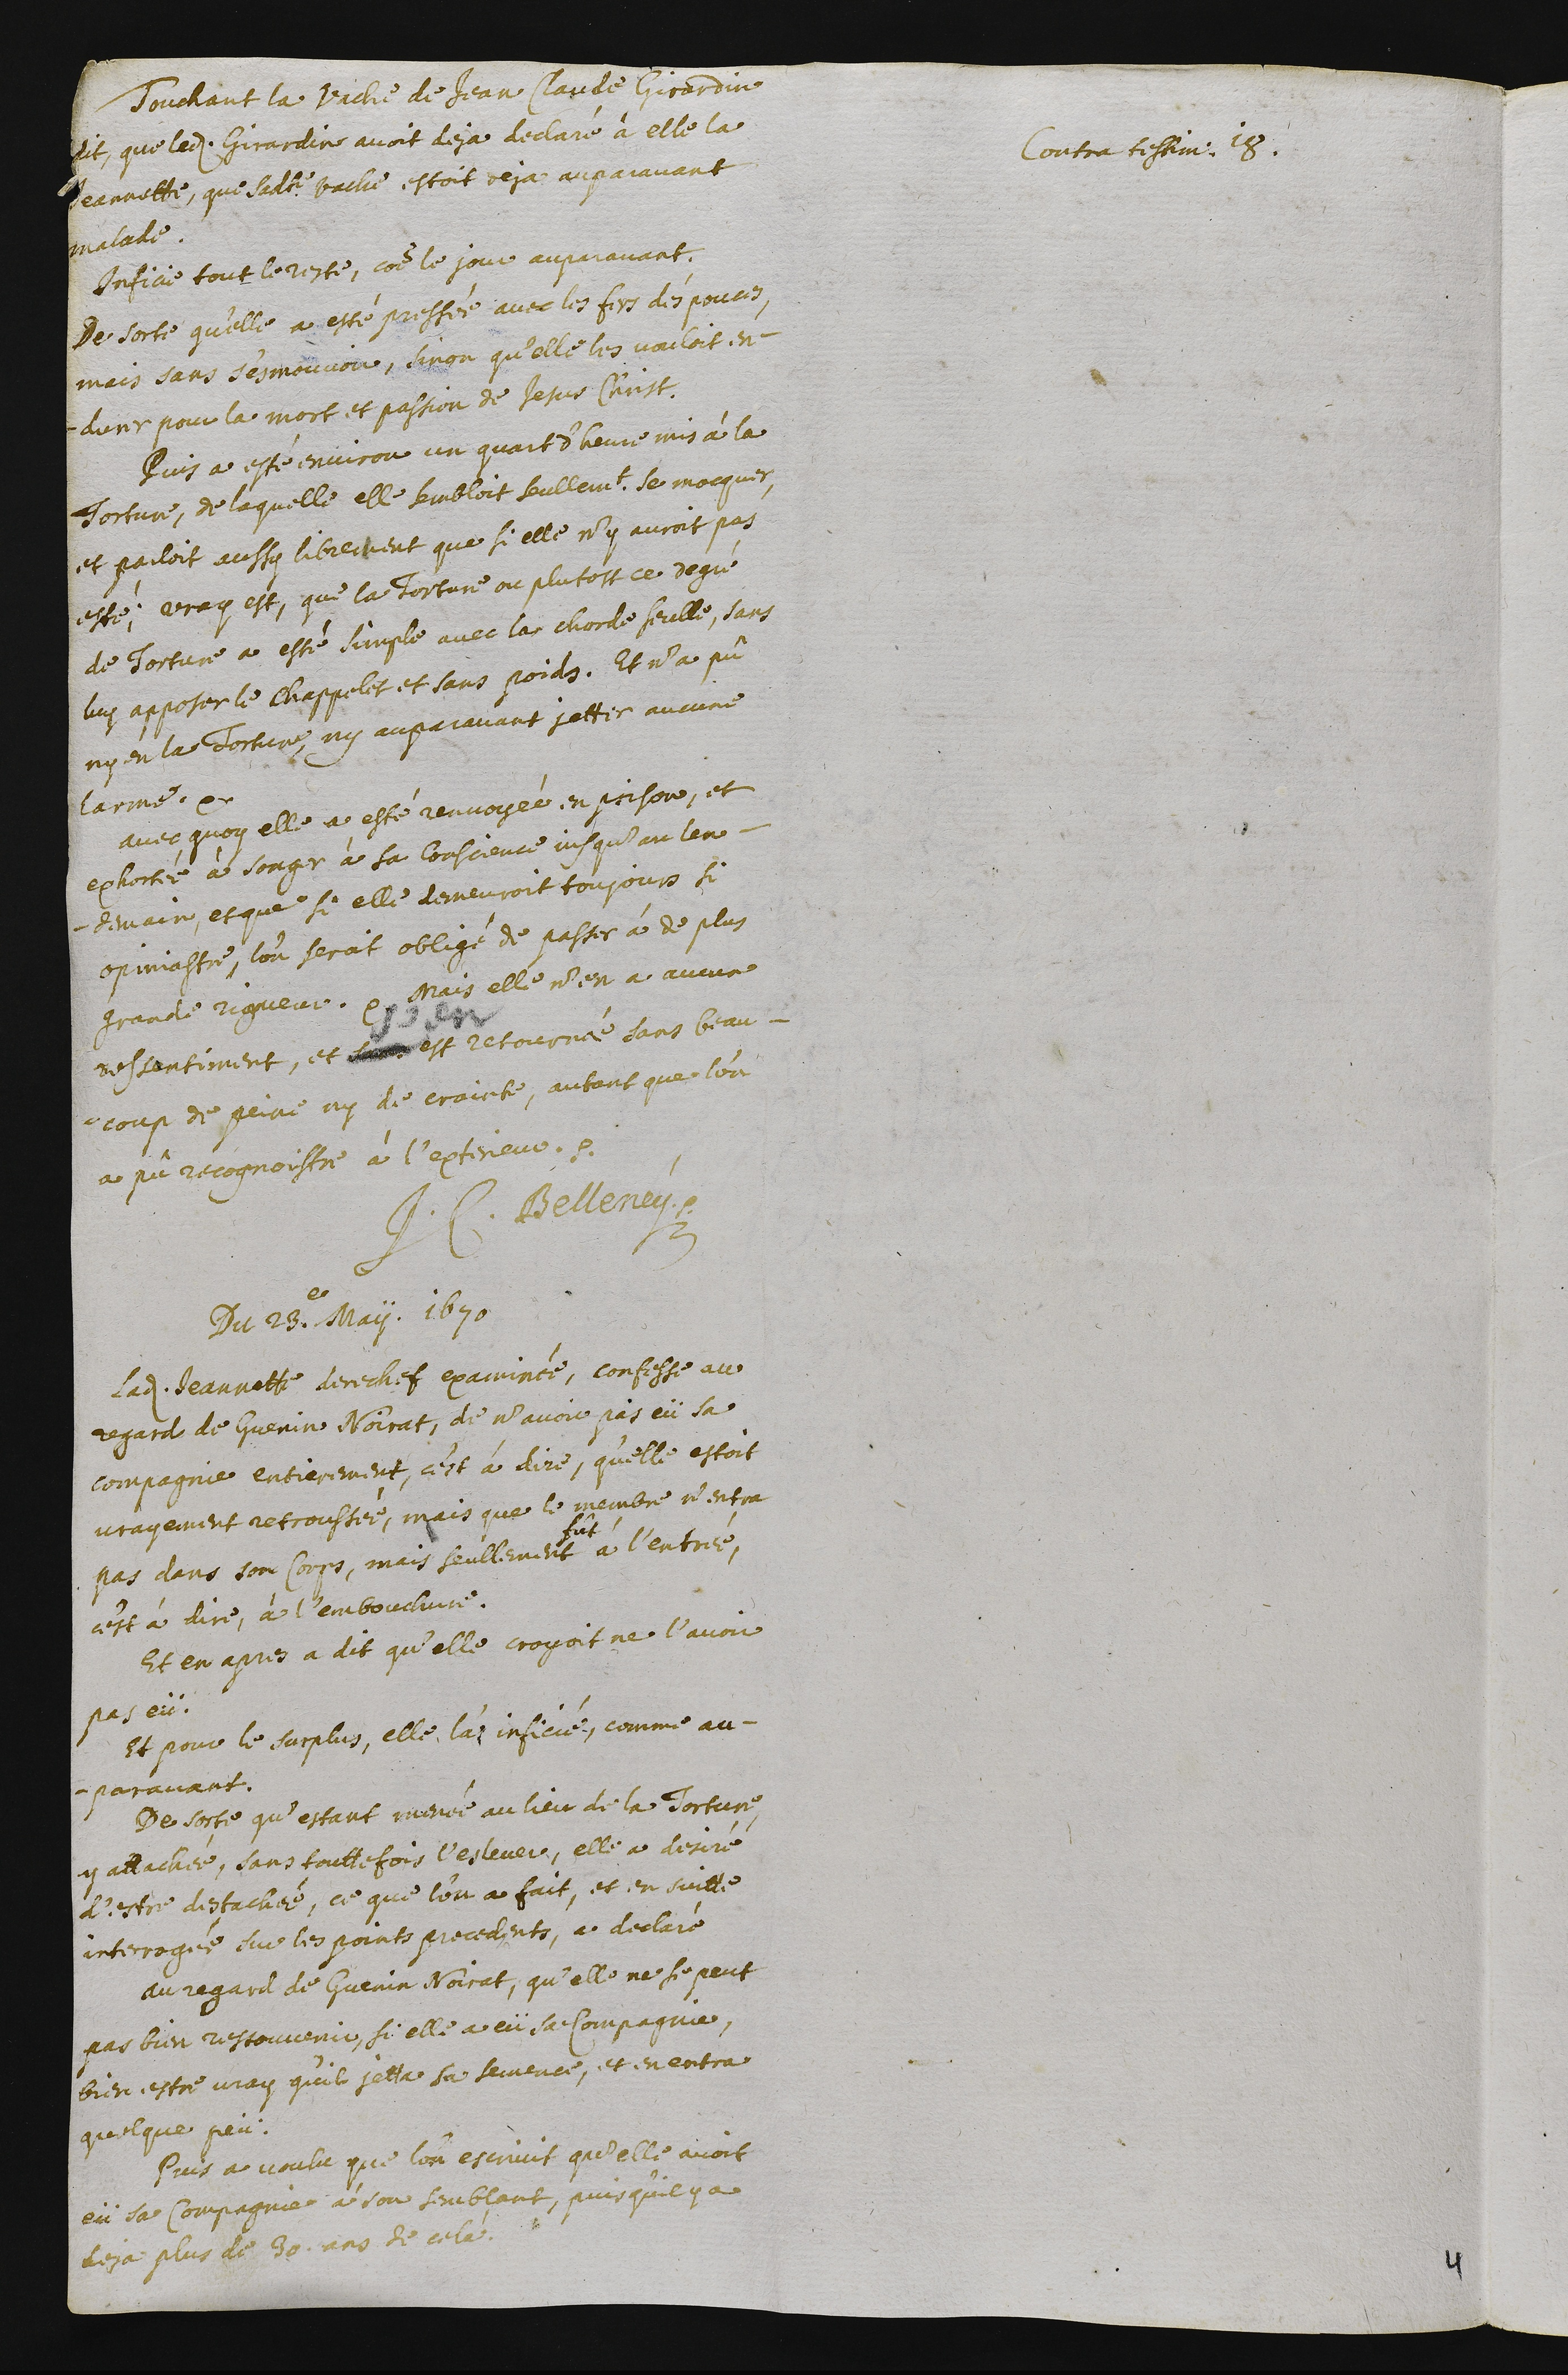
Contra testimonium 18.
Touchant la vache de Jean Claude Girardin
dit, que ledit Girardin avoit deja declaré à elle la
Jeannette, que sadite vache estoit deja auparavant
malade.
Inficie tout le reste, comme le jour auparavant.
De sorte qu’elle a esté pressée avec les fers des pouces,
mais sans s’esmouvoir, sinon qu’elle les vouloit en-
durer pour la mort et passion de Jesus Christ.
Puis a esté environ un quart d’heure mis à la
torture, de laquelle elle sembloit seullement se mocquer,
et parloit aussy librement que si elle n’y auroit pas
esté. Vray est, que la torture ou plutost ce degré
de torture a esté simple avec la chorde seulle, sans
luy apposer le chappelet et sans poids. Et n’a pû
ny en la torture; ny auparavant jetter aucune
larme.
Avec quoy elle a esté renvoyée en prison, et
exhortée à songer à sa conscience jusqu’au len-
demain et que si elle demeuroit toujours si
opiniastre, l’on seroit obligé de passer à de plus
grande rigueur. Mais elle n’en a aucun
ressantiment, et sans est retournée sans beau-
coup de peine ny de crainte, autant que l’on
a pû recognoistre à l’exterieur.
J.C. Belleney.
Du 23.e May. 1670
Ladite Jeannette derechef examinée, confesse au
regard de Guenin Noirat, de n’avoir pas eü sa
compagnie entierement, c'est à dire, qu’elle estoit
vrayement retroussée, mais que le membre n’entra
pas dans son corps, mais seullement
fût
à l’entrée,
c'est à dire, à l’embouchure.
Et en apres a dit qu’elle croyait ne l’avoir
pas eü.
Et pour le surplus, elle l’a inficié, comme au-
paravant.
De sorte qu’estant menée au lieu de la torture,
y attachée, sans touttefois l’eslever, elle a desiré
d’estre destachée, ce que l’on a fait, et en suitte
interrogée sur les points precedents, a declaré :
Au regard de Guenin Noirat, qu’elle ne se peut
pas bien ressouvenir, si elle a eü sa compagnie,
bien estre vray qu’il jetta sa semence, et en entra
quelque peu.
Puis a voulu que l’on escrivit qu’elle avoit
eü sa compagnie à son semblant, puisqu’il y a
deja plus de 30 ans de celà.